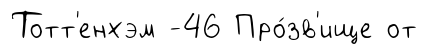
Тотт'енхэм -46 Про́зв'ище от